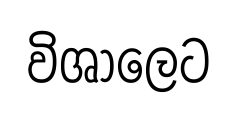
විශාලෙට